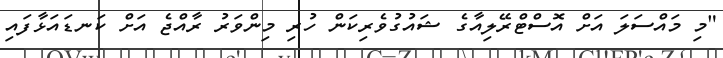
"މި މައްސަލަ އަށް އޮސްޓްރޭލިއާގެ ޝައުގުވެރިކަން ހުރި މިންވަރު ރާއްޖެ އަށް ކަނޑައަޅާފައި